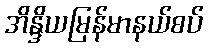
အိန္ဒိယမြန်မာနယ်စပ်